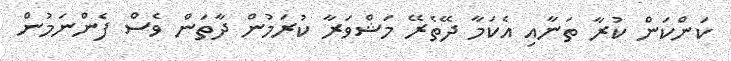
ކަންކަން ކުރާ ތަނާއި އެކަމާ ދޭތެރޭ މަޝްވަރާ ކުރަމުން ދާތަން ވެސް ފެންނަމުން